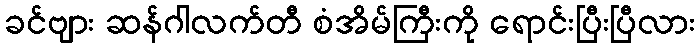
ခင်ဗျား ဆန်ဂါလက်တီ စံအိမ်ကြီးကို ရောင်းပြီးပြီလား